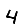
Digit: 4